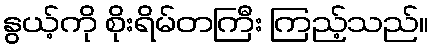
နွယ့်ကို စိုးရိမ်တကြီး ကြည့်သည်။